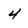
Character: 4